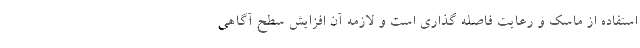
استفاده از ماسک و رعایت فاصله گذاری است و لازمه آن افزایش سطح آگاهی